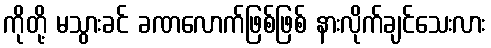
ကိုတို့ မသွားခင် ခဏလောက်ဖြစ်ဖြစ် နားလိုက်ချင်သေးလား